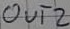
Text: OUT2